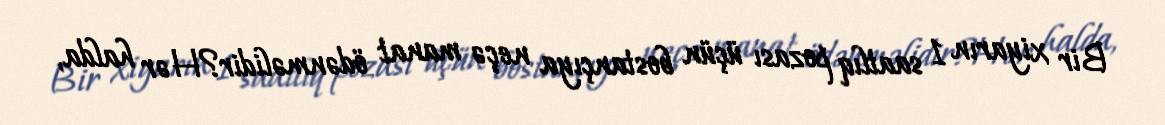
Bir xiyarın 1 saatlıq pozası üçün bostançıya neçə manat ödənməlidir?Hər halda,